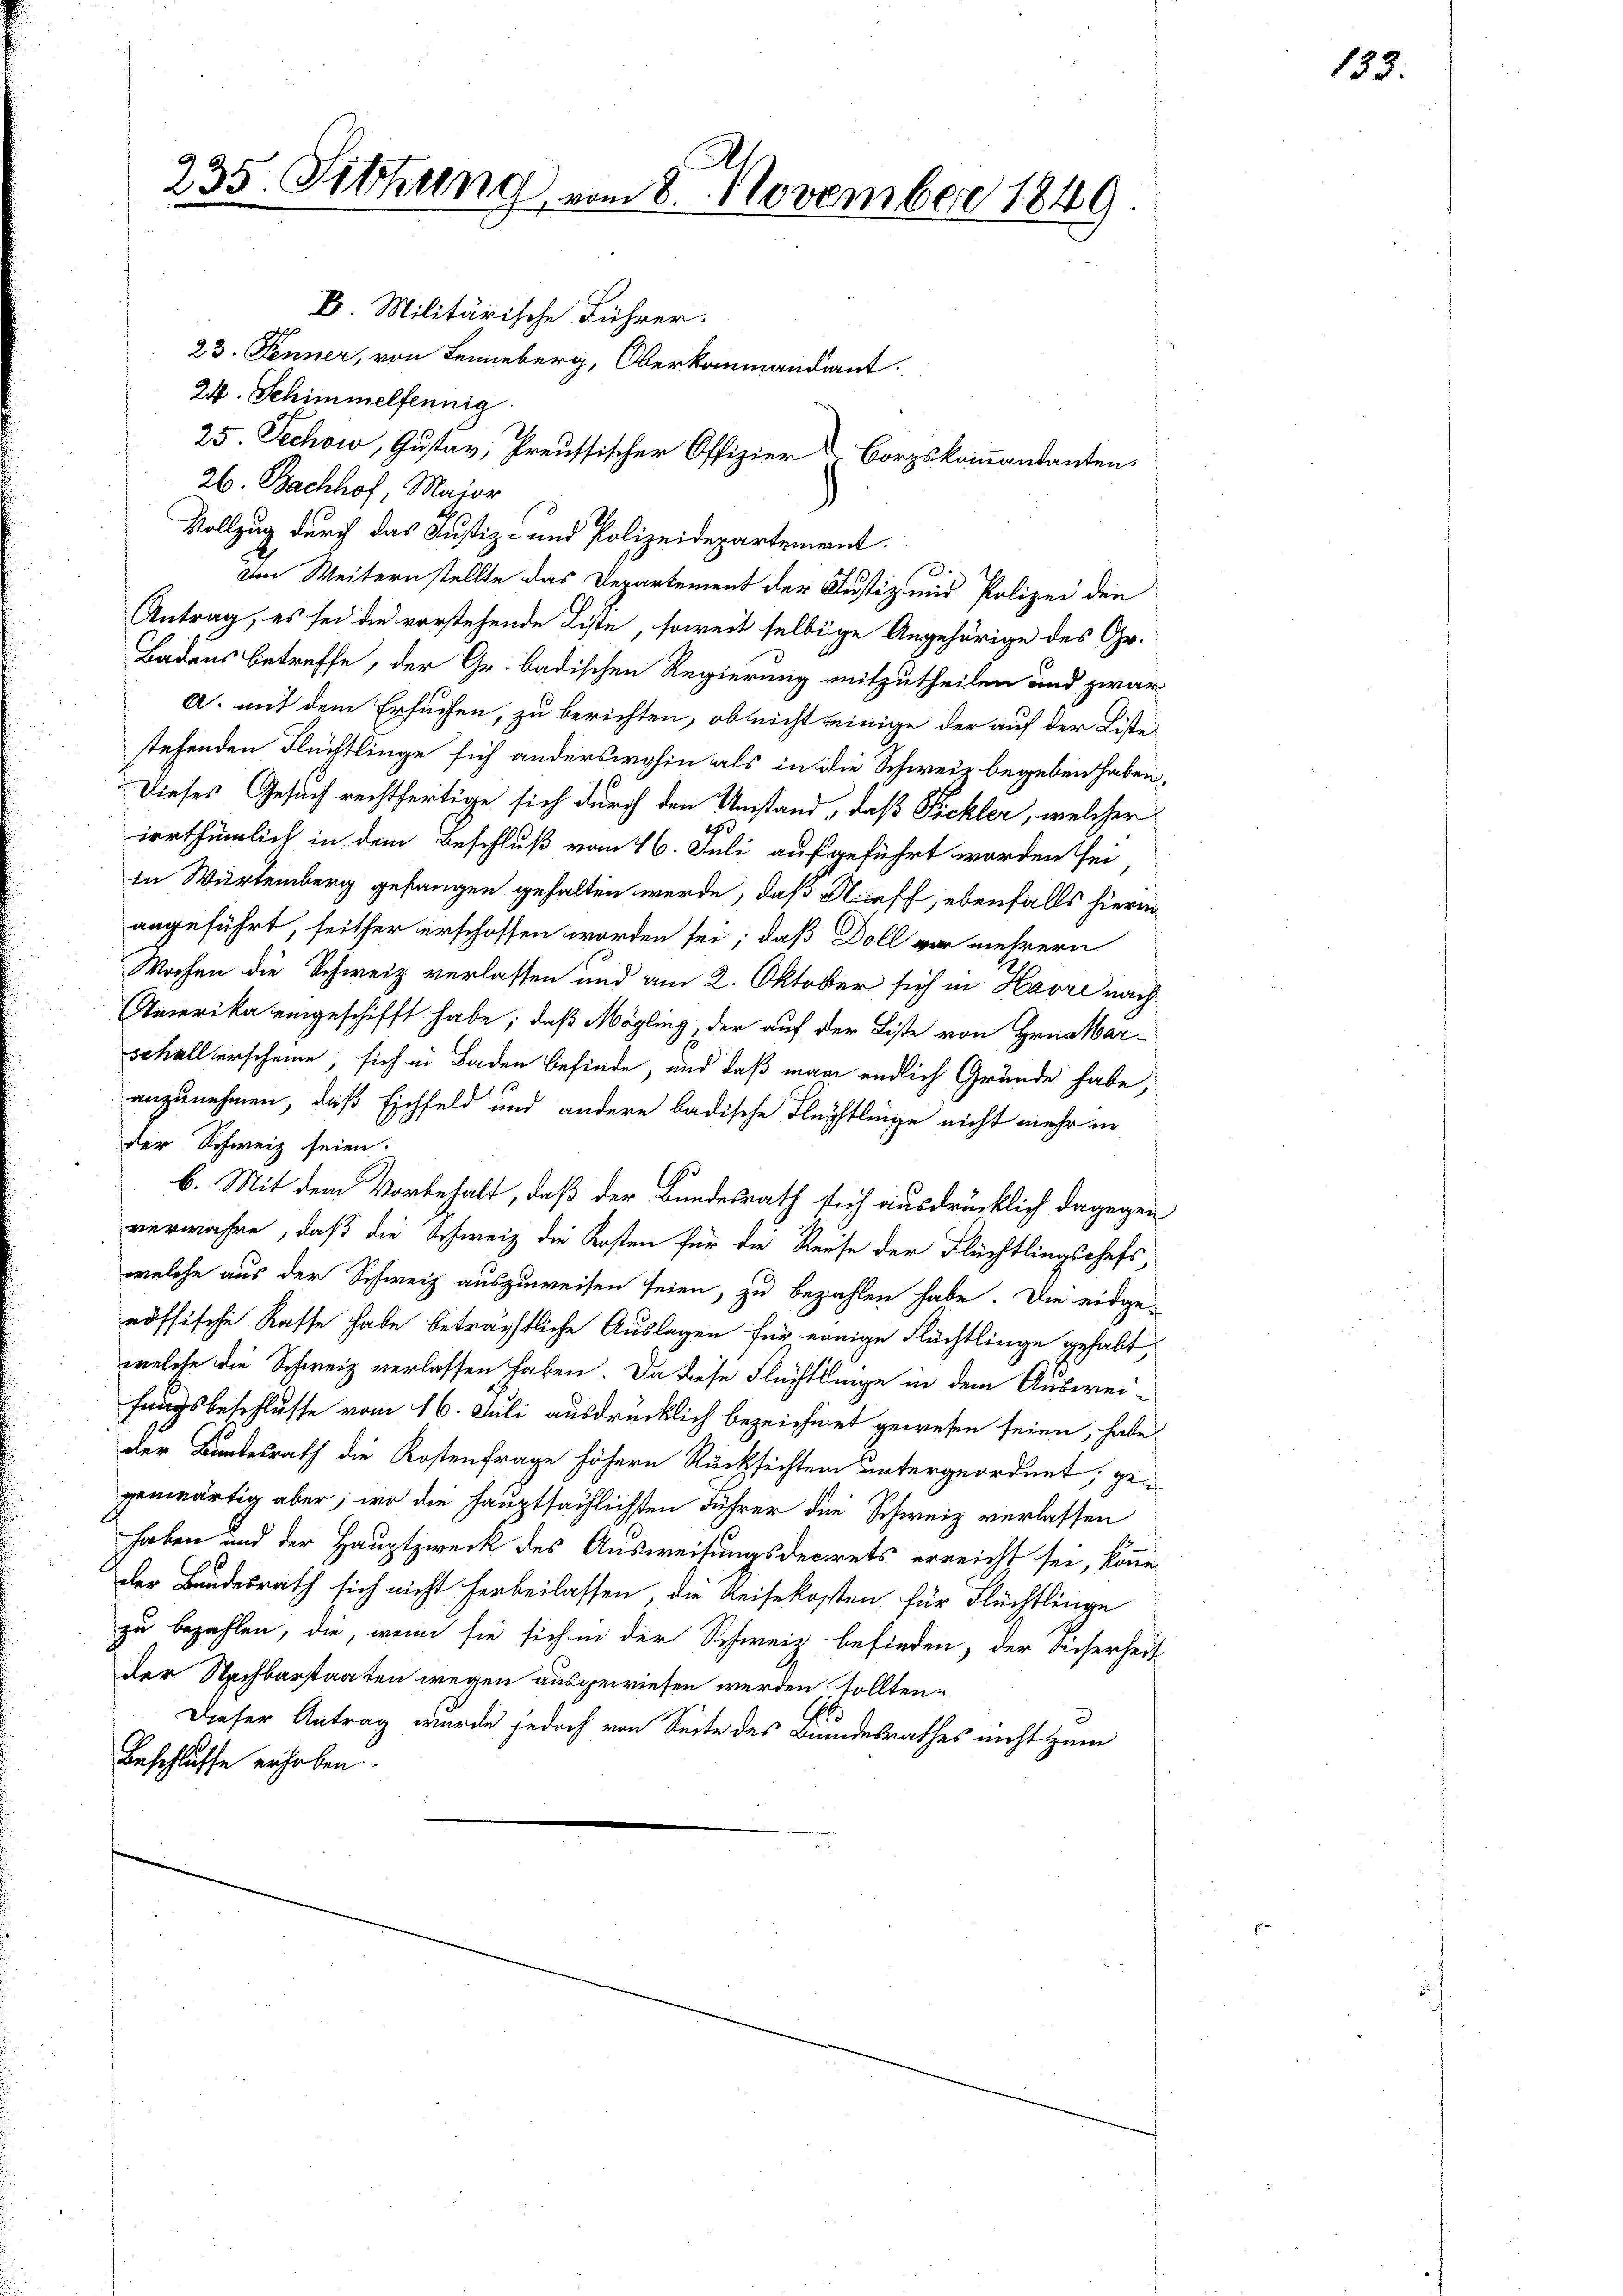
235. Sitzung vom 8. November 1849
D. Militärische Führer.
23. Fenner, von Leiberg, Oberkommandiant.
24. Schimmelfennig

26. Bachhof, Maior
Vollzug durch das Justiz- und Polizeidepartement.
Im Weitern stellte das Departement der Justiz- und Polizei den
Antrag, es sei die vorstehende Liste, soweit selbige Angehörige des Gr.
Badens betreffe, der Gr. badischen Regierung mitzutheilen und zwar
A. mit dem Ersuchen, zu berichten, ob nicht einige der auf der Liste
stehenden Flüchtlinge sich anderswohin als in die Schweiz begeben haben,
Dieses Gesuch rechtfertige sich durch den Umstand, daß Pichler, welcher
irrthümlich in dem Beschluß vom 16. Juli aufgeführt worden sei
In Würtemberg gefangen gehalten werde, daß Steff, ebenfalls hierin
angeführt, seither erschoffen worden sei; daß Doll vor mehrern
Wochen die Schweiz verlassen und am 2. Oktober sich in Havre nach
Amerika eingeschifft habe; daß Mögling, der auf der Liste von Hrn. Mar-
schallerscheine, sich in Baden befinde, und daß man endlich Gründe habe;
anzunehmen, daß Eichfeld und andere badische Fleistlinge nicht mehr in
der Schweiz seien.
b. Mit dem Vorbehalt, daß der Bundesrath sich ausdrücklich dagegen
verwahre, daß die Schweiz die Kosten für die Reise der Flüchtlingschefs
welche aus der Schweiz auszuweisen seien, zu bezahlen habe. Die eidge-
nössische Rasse habe beträchtliche Auslagen für einige Flächtlinge gehabt,
welche die Schweiz verlassen haben. Da diese Flüchtlinge in dem Ausweifungsbeschlusse vom 16. Juli ausdrücklich bezeichnet gewesen seien, habe
der Bundesrath die Kostenfrage höhern Rücksichten untergeordnet, gegenwärtig aber, wo die hauptsächlichsten Führer die Schweiz verlassen
haben und der Hauptzweck des Ausweisungsdecrets erreicht sei, könne
der Bundesrath sich nicht herbeilassen, die Reisekosten für Flüchtlinge
zu bezahlen, die, wenn sie sich in der Schweiz befinden, der Sicherheit
der Nachbarstaaten wegen ausgewiesen werden sollten¬
Dieser Antrag wurde jedoch von Seite des Bundesrathes nicht zum
Beschlusse erhoben.

25. Jechow, Gustav, Preussischer Offizier Corpskommandanten,

133